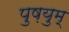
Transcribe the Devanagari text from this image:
पुष़युम्